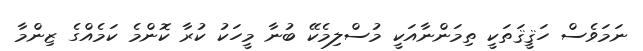
ނަމަވެސް ހަޤީޤަތަކީ ތިމަންނާއަކީ މުސްލިމެކޭ ބުނާ މީހަކު ކުރާ ކޮންމެ ކަމެއްގެ ޒިންމާ